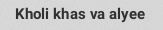
Kholi khas va alyee